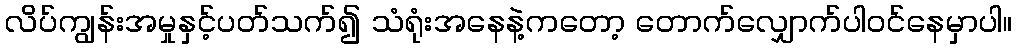
လိပ်ကျွန်းအမှုနှင့်ပတ်သက်၍ သံရုံးအနေနဲ့ကတော့ တောက်လျှောက်ပါဝင်နေမှာပါ။